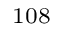
^ \mathrm { 1 0 8 }